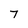
Character: 7